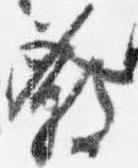
発